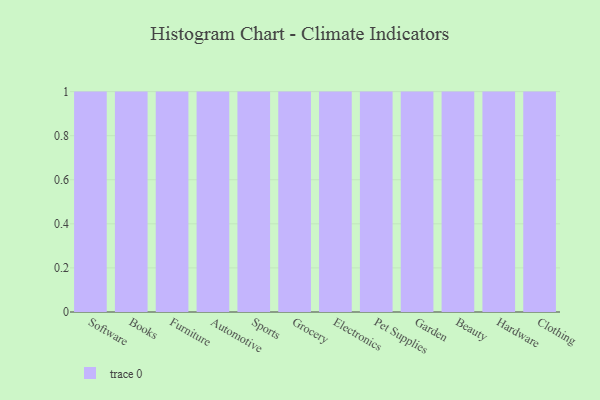
{"axis": {"x": "Category", "y": "Latency (ms)"}, "legend": [""], "data": [{"x": "Software", "y": 41, "type": ""}, {"x": "Books", "y": 99, "type": ""}, {"x": "Furniture", "y": 51, "type": ""}, {"x": "Automotive", "y": 1, "type": ""}, {"x": "Sports", "y": 13, "type": ""}, {"x": "Grocery", "y": 81, "type": ""}, {"x": "Electronics", "y": 53, "type": ""}, {"x": "Pet Supplies", "y": 55, "type": ""}, {"x": "Garden", "y": 72, "type": ""}, {"x": "Beauty", "y": 76, "type": ""}, {"x": "Hardware", "y": 61, "type": ""}, {"x": "Clothing", "y": 43, "type": ""}]}